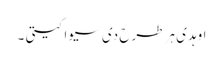
اوہدی ہر طرح دی سیوا کیتی ۔